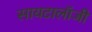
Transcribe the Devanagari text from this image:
सायटालॉजी